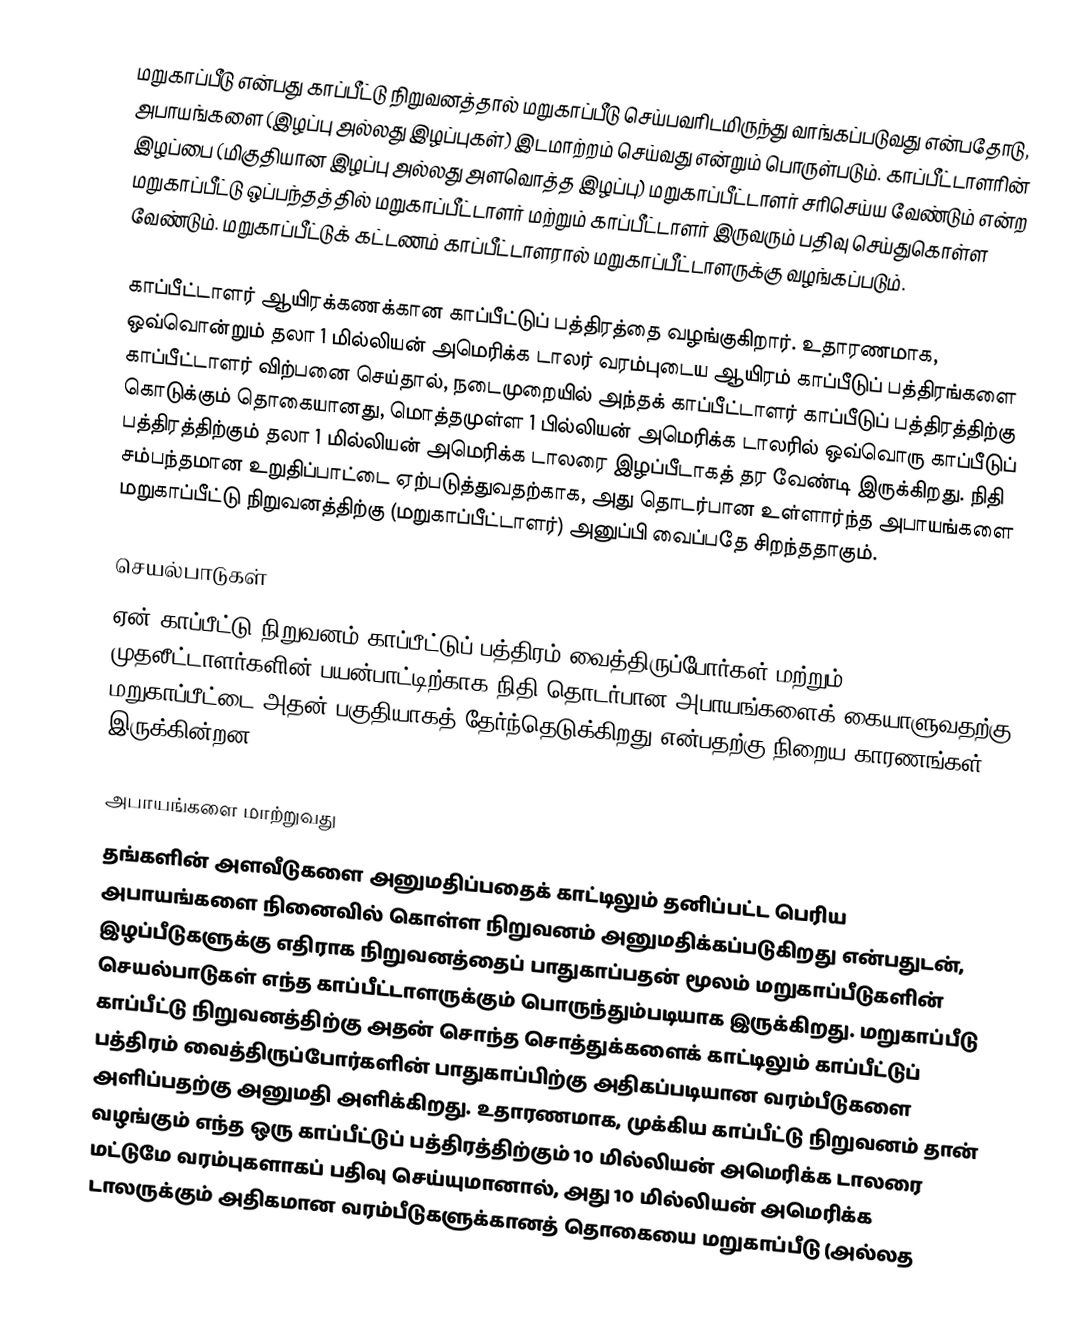
மறுகாப்பீடு என்பது காப்பீட்டு நிறுவனத்தால் மறுகாப்பீடு செய்பவரிடமிருந்து வாங்கப்படுவது என்பதோடு, அபாயங்களை (இழப்பு அல்லது இழப்புகள்) இடமாற்றம் செய்வது என்றும் பொருள்படும். காப்பீட்டாளரின் இழப்பை (மிகுதியான இழப்பு அல்லது அளவொத்த இழப்பு) மறுகாப்பீட்டாளர் சரிசெய்ய வேண்டும் என்ற மறுகாப்பீட்டு ஒப்பந்தத்தில் மறுகாப்பீட்டாளர் மற்றும் காப்பீட்டாளர் இருவரும் பதிவு செய்துகொள்ள வேண்டும். மறுகாப்பீட்டுக் கட்டணம் காப்பீட்டாளரால் மறுகாப்பீட்டாளருக்கு வழங்கப்படும்.

காப்பீட்டாளர் ஆயிரக்கணக்கான காப்பீட்டுப் பத்திரத்தை வழங்குகிறார். உதாரணமாக, ஒவ்வொன்றும் தலா 1 மில்லியன் அமெரிக்க டாலர் வரம்புடைய ஆயிரம் காப்பீடுப் பத்திரங்களை காப்பீட்டாளர் விற்பனை செய்தால், நடைமுறையில் அந்தக் காப்பீட்டாளர் காப்பீடுப் பத்திரத்திற்கு கொடுக்கும் தொகையானது, மொத்தமுள்ள 1 பில்லியன் அமெரிக்க டாலரில் ஒவ்வொரு காப்பீடுப் பத்திரத்திற்கும் தலா 1 மில்லியன் அமெரிக்க டாலரை இழப்பீடாகத் தர வேண்டி இருக்கிறது. நிதி சம்பந்தமான உறுதிப்பாட்டை ஏற்படுத்துவதற்காக, அது தொடர்பான உள்ளார்ந்த அபாயங்களை மறுகாப்பீட்டு நிறுவனத்திற்கு (மறுகாப்பீட்டாளர்) அனுப்பி வைப்பதே சிறந்ததாகும்.

செயல்பாடுகள்
ஏன் காப்பீட்டு நிறுவனம் காப்பீட்டுப் பத்திரம் வைத்திருப்போர்கள் மற்றும் முதலீட்டாளர்களின் பயன்பாட்டிற்காக நிதி தொடர்பான அபாயங்களைக் கையாளுவதற்கு மறுகாப்பீட்டை அதன் பகுதியாகத் தேர்ந்தெடுக்கிறது என்பதற்கு நிறைய காரணங்கள் இருக்கின்றன.

அபாயங்களை மாற்றுவது
தங்களின் அளவீடுகளை அனுமதிப்பதைக் காட்டிலும் தனிப்பட்ட பெரிய அபாயங்களை நினைவில் கொள்ள நிறுவனம் அனுமதிக்கப்படுகிறது என்பதுடன், இழப்பீடுகளுக்கு எதிராக நிறுவனத்தைப் பாதுகாப்பதன் மூலம் மறுகாப்பீடுகளின் செயல்பாடுகள் எந்த காப்பீட்டாளருக்கும் பொருந்தும்படியாக இருக்கிறது. மறுகாப்பீடு காப்பீட்டு நிறுவனத்திற்கு அதன் சொந்த சொத்துக்களைக் காட்டிலும் காப்பீட்டுப் பத்திரம் வைத்திருப்போர்களின் பாதுகாப்பிற்கு அதிகப்படியான வரம்பீடுகளை அளிப்பதற்கு அனுமதி அளிக்கிறது. உதாரணமாக, முக்கிய காப்பீட்டு நிறுவனம் தான் வழங்கும் எந்த ஒரு காப்பீட்டுப் பத்திரத்திற்கும் 10 மில்லியன் அமெரிக்க டாலரை மட்டுமே வரம்புகளாகப் பதிவு செய்யுமானால், அது 10 மில்லியன் அமெரிக்க டாலருக்கும் அதிகமான வரம்பீடுகளுக்கானத் தொகையை மறுகாப்பீடு (அல்லத